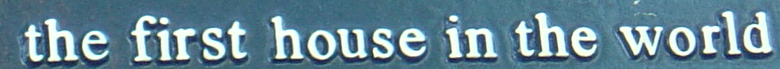
the first house in the world